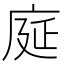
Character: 𫷳